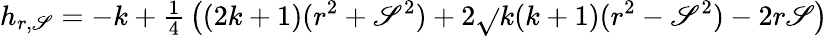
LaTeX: h_{r,\mathscr{S}}=-k+{\textstyle\frac{{1}}{{4}}}\left((2k+1)(r^{2}+\mathscr{S}^{2})+2\sqrt{}{{k(k+1)}}(r^{2}-\mathscr{S}^{2})-2r\mathscr{S}\right)